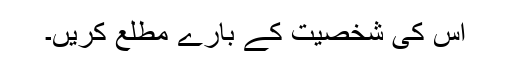
اس کی شخصیت کے بارے مطلع کریں۔